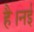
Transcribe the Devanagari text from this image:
है।नई